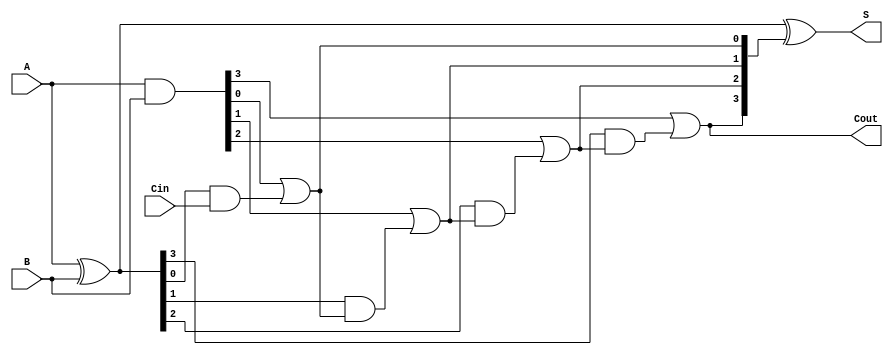
module CarryLookaheadAdder #(parameter n = 4) (
    input [n-1:0] A,      // First n-bit input
    input [n-1:0] B,      // Second n-bit input
    input Cin,            // Carry-in
    output [n-1:0] S,     // Sum output
    output Cout           // Carry-out
);
    // Generate and Propagate signals
    wire [n-1:0] G;       // Generate signals
    wire [n-1:0] P;       // Propagate signals
    wire [n:0] C;         // Carry signals

    // Generate and Propagate Logic
    assign G = A & B;                  // G[i] = A[i] & B[i]
    assign P = A ^ B;                  // P[i] = A[i] ^ B[i]

    // Carry Logic
    assign C[0] = Cin;                 // C[0] = Cin
    genvar i;
    generate
        for (i = 0; i < n; i = i + 1) begin : carry_logic
            assign C[i + 1] = G[i] | (P[i] & C[i]);
        end
    endgenerate

    // Sum Calculation
    assign S = P ^ C[n:1];             // S[i] = P[i] ^ C[i]

    // Carry-out
    assign Cout = C[n];                // Carry-out is the last carry bit

endmodule